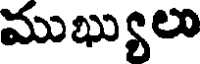
ముఖ్యులు